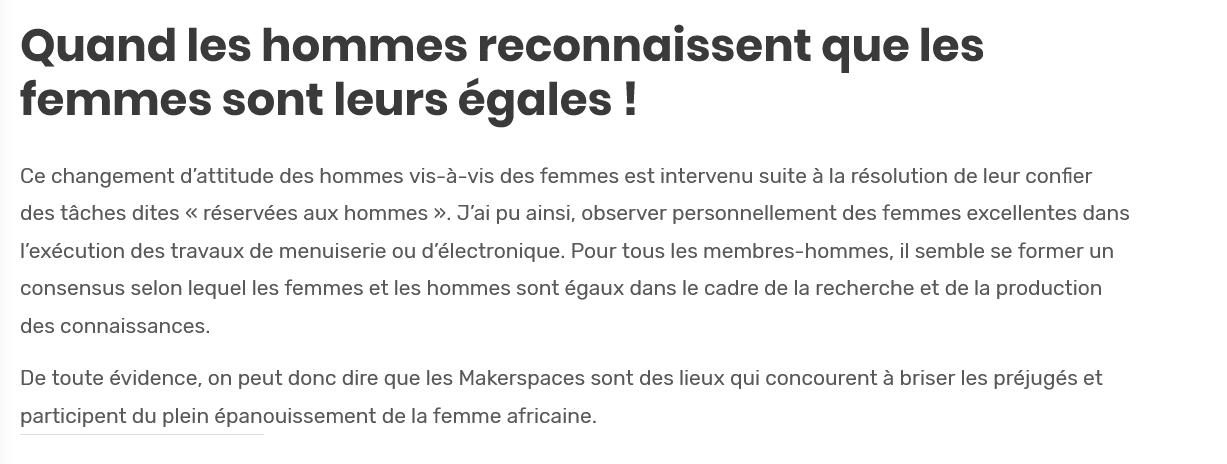
Quand    les   hommes    reconnaissent    que    les
  femmes    sont    leurs    égales    !
  Ce changement d’attitude des hommes vis-a-vis des femmes est intervenu suite a la résolution de leur confier
  des taches dites « réservées aux hommes »». J’ai pu ainsi, observer personnellement des femmes excellentes dans
  'exécution des travaux de menuiserie ou d’électronique. Pour tous les membres-hommes, il semble se former un
  consensus selon lequel les femmes et les hommes sont égaux dans le cadre de la recherche et de la production
  des connaissances.
  De toute évidence, on peut donc dire que les Makerspaces sont des lieux qui concourent a briser les préjugés et
  participent du plein épanouissement de la femme africaine.